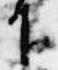
下